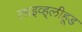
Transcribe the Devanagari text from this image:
लाइव्ह्‌लीहूड